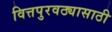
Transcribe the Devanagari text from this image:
वित्तपुरवठ्यासाठी